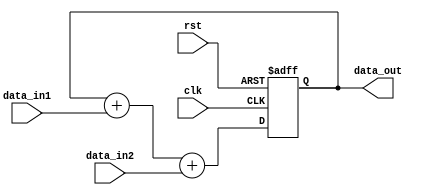
module parallel_accumulator(
  input wire clk,
  input wire rst,
  input wire [31:0] data_in1,
  input wire [31:0] data_in2,
  output wire [31:0] data_out
);

reg [31:0] accumulator;

always @(posedge clk or posedge rst) begin
  if (rst) begin
    accumulator <= 0;
  end else begin
    accumulator <= accumulator + data_in1 + data_in2;
  end
end

assign data_out = accumulator;

endmodule